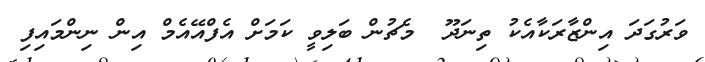
ވަރުގަދަ އިންޒާރަކާއެކު ތިނަދޫ  މެޗުން ބަލިވީ ކަމަށް އެފްއޭއެމް އިން ނިންމައިފި